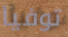
توفيا